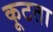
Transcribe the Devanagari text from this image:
कूटता